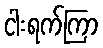
ငါးရက်ကြာ